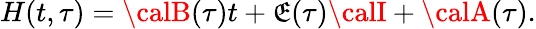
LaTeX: H(t,\tau)={\calB}(\tau)t+\mathfrak{E}(\tau){\calI}+{\calA}(\tau).